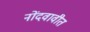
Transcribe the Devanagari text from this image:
नोंदवावीत